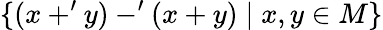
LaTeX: \{ (x+^{\prime}y)-^{\prime}(x+y)\mid x,y\in M\}